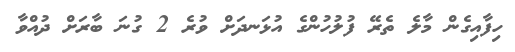
ހިފާއިގެން މާލެ ތެރޭ ފުލުހުންގެ އުޅަނދަށް ވުރެ 2 ގުނަ ބާރަށް ދުއްވާ